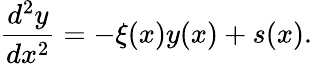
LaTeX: \frac{d^{2}y}{dx^{2}}=-\xi(x)y(x)+s(x).